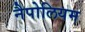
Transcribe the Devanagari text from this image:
नैपोलियम